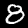
Label: 8